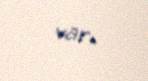
var.